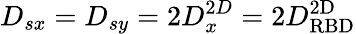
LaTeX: D_{sx}=D_{sy}=2D_{x}^{2D}=2D_{\mathrm{RBD}}^{\mathrm{2D}}